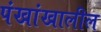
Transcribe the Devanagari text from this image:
पंखांखालील